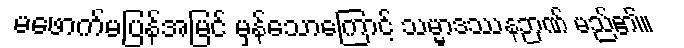
မဖောက်မပြန်အမြင် မှန်သောကြောင့် သမ္မာဒဿနဉာဏ် မည်၏။